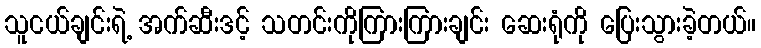
သူငယ်ချင်းရဲ့ အက်ဆီးဒင့် သတင်းကိုကြားကြားချင်း ဆေးရုံကို ပြေးသွားခဲ့တယ်။